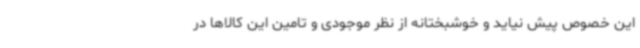
این خصوص پیش نیاید و خوشبختانه از نظر موجودی و تامین این کالاها در